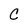
Character: C